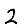
Digit: 2